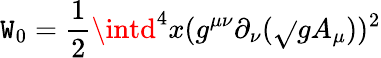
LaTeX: \mathtt{W}_{0}=\frac{{1}}{{2}}\intd^{4}x(g^{\mu\nu}\partial_{\nu}(\sqrt{}{{g}}A_{\mu}))^{2}